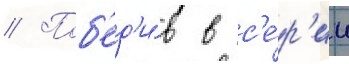
// Поб'ед'и́в в с'е́р'ии